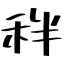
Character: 秚